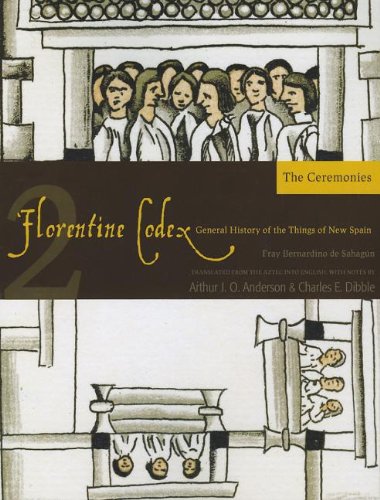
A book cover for Florentine Codex: Book 2: Book 2: The Ceremonies (Florentine Codex: General History of the Things of New Spain); Bernardino de Sahagun; History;